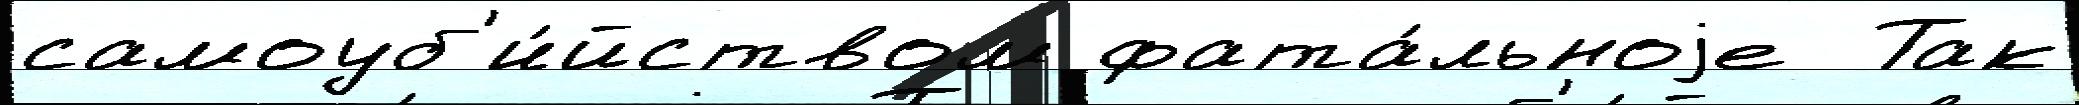
самоуб'и́йством фата́льноjе  Так